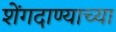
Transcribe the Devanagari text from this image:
शेंगदाण्याच्या